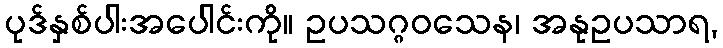
ပုဒ်နှစ်ပါးအပေါင်းကို။ ဥပသဂ္ဂဝသေန၊ အနုဥပသာရ,